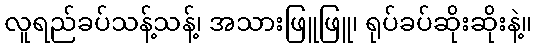
လူရည်ခပ်သန့်သန့်၊ အသားဖြူဖြူ၊ ရုပ်ခပ်ဆိုးဆိုးနဲ့။